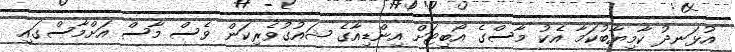
އުޅަނދު ކާމިޔާބުކަމާ އެކު މާސްގެ އޯބިޓަށް އިންޑިއާގެ ޝައުގުވެރިކަން ވެސް މާސް އަށްމާސްގައި